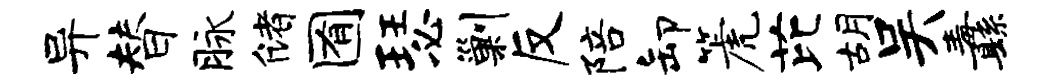
异替脉储囿瑟剿反陪卸篪芘胡吴纛